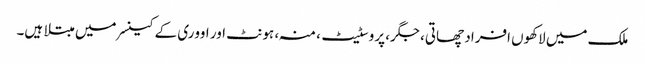
ملک میں لاکھوں افراد چھاتی، جگر، پروسٹیٹ، منہ، ہونٹ اور اووری کے کینسر میں مبتلا ہیں۔